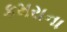
કમરાના